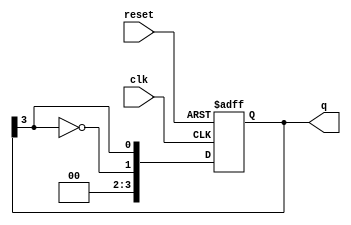
module johnson_counter (
    input wire clk,           // Clock input
    input wire reset,         // Asynchronous reset
    output reg [n-1:0] q      // Counter output
);
    parameter n = 4;          // Number of flip-flops. You can change this value as needed.

    always @(posedge clk or posedge reset) begin
        if (reset) begin
            q <= 0;          // Asynchronous reset
        end else begin
            q <= {~q[n-1], q[n-1:n-1]}; // Shift and feedback inversion
        end
    end
endmodule